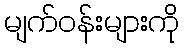
မျက်ဝန်းများကို